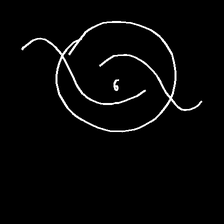
Glyph: repetition